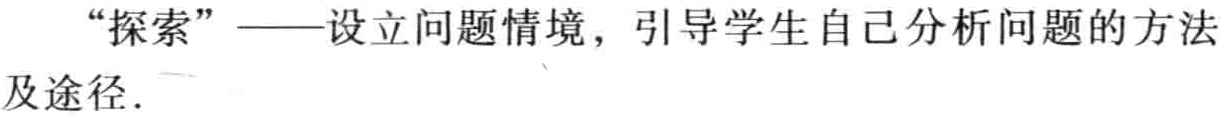
“探索”——设立问题情境，引导学生自己分析问题的方法及途径.